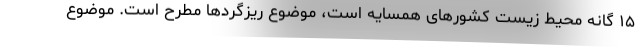
۱۵ گانه محیط زیست کشورهای همسایه است، موضوع ریزگردها مطرح است. موضوع